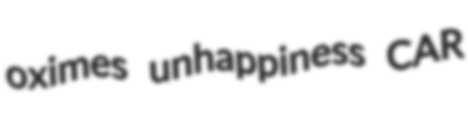
oximes unhappiness CAR